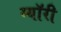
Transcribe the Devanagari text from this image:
म्यॉरी